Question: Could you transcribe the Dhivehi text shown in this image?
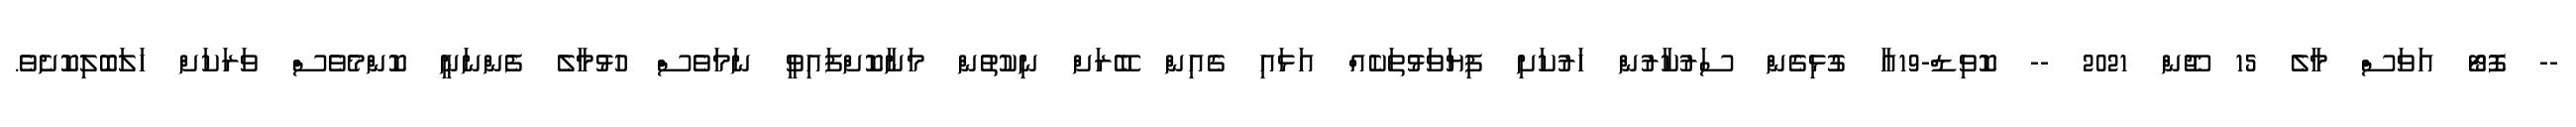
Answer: -- ފޮޓޯ އަވަސް މާލެ 15 ޖޫން 2021 -- ކޮވިޑް-19އާ ގުޅިގެން ސަރުކާރުން ހަރުކަށި ފިޔަވަޅުތަކެއް އަޅައި ގެއިން ބޭރަށް ނިކުތުން މަނާކޮށްފައިވީ ނަމަވެސް ހުޅުމާލެ ފެންނަނީ ކޮންމެވެސް ވަރަކަށް ހަލަބޮލިކޮށެވެ.